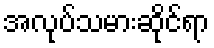
အလုပ်သမားဆိုင်ရာ